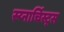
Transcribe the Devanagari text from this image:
स्य्नार्चिस्ट्स